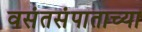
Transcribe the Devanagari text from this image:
वसंतसंपाताच्या